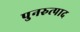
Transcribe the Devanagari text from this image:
पुनरुत्पाद